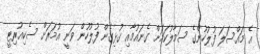
އެ މައްސަލަ ފުލުހުންގެ ސަމާލުކަމަށް ގެނައުމާއި ގުޅިގެން ފުލުހުން ވަނީ އުމަރަށް ސެކިއުރިޓީ